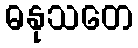
ဓနုသတေ